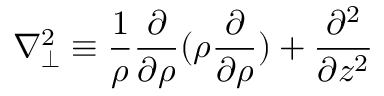
\nabla _ { \perp } ^ { 2 } \equiv \frac { 1 } { \rho } \frac { \partial } { \partial \rho } ( \rho \frac { \partial } { \partial \rho } ) + \frac { \partial ^ { 2 } } { \partial z ^ { 2 } }